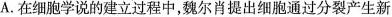
A.在细胞学说的建立过程中，魏尔肖提出细胞通过分裂产生新